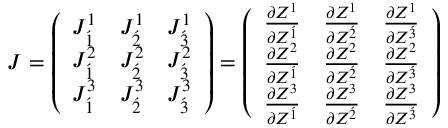
J = { \left( \begin{array} { l l l } { J _ { \acute { 1 } } ^ { 1 } } & { J _ { \acute { 2 } } ^ { 1 } } & { J _ { \acute { 3 } } ^ { 1 } } \\ { J _ { \acute { 1 } } ^ { 2 } } & { J _ { \acute { 2 } } ^ { 2 } } & { J _ { \acute { 3 } } ^ { 2 } } \\ { J _ { \acute { 1 } } ^ { 3 } } & { J _ { \acute { 2 } } ^ { 3 } } & { J _ { \acute { 3 } } ^ { 3 } } \end{array} \right) } = { \left( \begin{array} { l l l } { { \frac { \partial { Z ^ { 1 } } } { \partial { Z ^ { \acute { 1 } } } } } } & { { \frac { \partial { Z ^ { 1 } } } { \partial { Z ^ { \acute { 2 } } } } } } & { { \frac { \partial { Z ^ { 1 } } } { \partial { Z ^ { \acute { 3 } } } } } } \\ { { \frac { \partial { Z ^ { 2 } } } { \partial { Z ^ { \acute { 1 } } } } } } & { { \frac { \partial { Z ^ { 2 } } } { \partial { Z ^ { \acute { 2 } } } } } } & { { \frac { \partial { Z ^ { 2 } } } { \partial { Z ^ { \acute { 3 } } } } } } \\ { { \frac { \partial { Z ^ { 3 } } } { \partial { Z ^ { \acute { 1 } } } } } } & { { \frac { \partial { Z ^ { 3 } } } { \partial { Z ^ { \acute { 2 } } } } } } & { { \frac { \partial { Z ^ { 3 } } } { \partial { Z ^ { \acute { 3 } } } } } } \end{array} \right) }